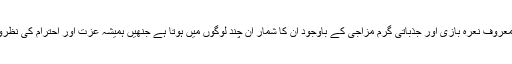
سیاسی کلچر کی معروف نعرہ بازی اور جذباتی گرم مزاجی کے باوجود ان کا شمار ان چند لوگوں میں ہوتا ہے جنھیں ہمیشہ عزت اور احترام کی نظروں سے دیکھا گیا۔